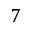
7